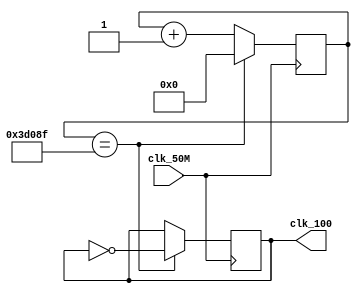
module frequency (clk_50M,clk_100);
	input clk_50M;
	output clk_100;
	reg [31:0] count;
	reg clk_100;
	
	always @(posedge clk_50M)
	begin
		if(count==32'd249999)
		begin
			clk_100=~clk_100;
			count=32'd0;
		end
		else
		begin
			count=count+32'd1;
		end
	end
endmodule